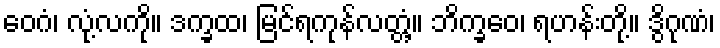
ဝေဂံ၊ လုံ့လကို။ ဒက္ခထ၊ မြင်ရကုန်လတ္တံ့။ ဘိက္ခဝေ၊ ရဟန်းတို့။ ဒွိဂုဏံ၊